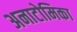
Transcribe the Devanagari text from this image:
अनाटोमिका